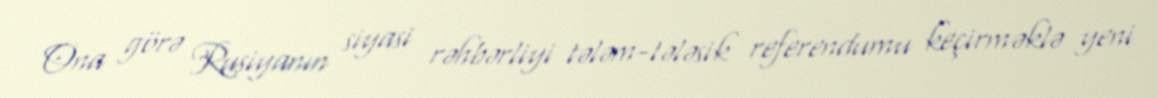
Ona görə Rusiyanın siyasi rəhbərliyi tələm-tələsik referendumu keçirməklə yeni